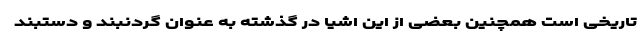
تاریخی است همچنین بعضی از این اشیا در گذشته به عنوان گردنبند و دستبند